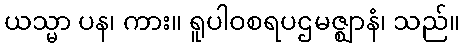
ယသ္မာ ပန၊ ကား။ ရူပါဝစရပဌမဇ္ဈာနံ၊ သည်။